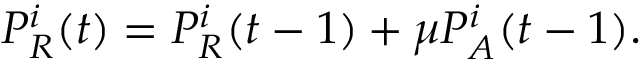
P _ { R } ^ { i } ( t ) = P _ { R } ^ { i } ( t - 1 ) + \mu P _ { A } ^ { i } ( t - 1 ) .